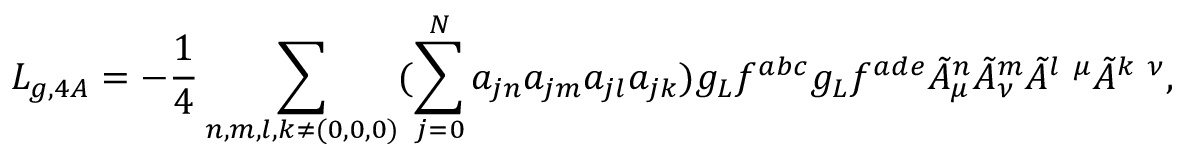
{ \cal L } _ { g , 4 A } = - \frac { 1 } { 4 } \sum _ { n , m , l , k \neq ( 0 , 0 , 0 ) } ( \sum _ { j = 0 } ^ { N } a _ { j n } a _ { j m } a _ { j l } a _ { j k } ) g _ { L } f ^ { a b c } g _ { L } f ^ { a d e } \tilde { A } _ { \mu } ^ { n } \tilde { A } _ { \nu } ^ { m } \tilde { A } ^ { l ~ \mu } \tilde { A } ^ { k ~ \nu } ,